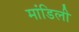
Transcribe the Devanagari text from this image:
मांडिली